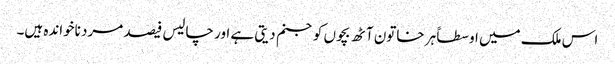
اس ملک میں اوسطاً ہر خاتون آٹھ بچوں کو جنم دیتی ہے اور چالیس فیصد مرد ناخواندہ ہیں۔